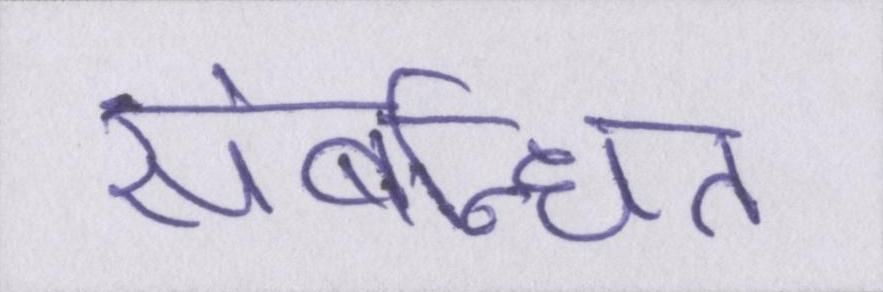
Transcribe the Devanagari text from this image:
संबन्धित